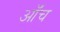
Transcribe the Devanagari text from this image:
ऑंच